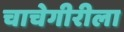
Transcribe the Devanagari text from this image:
चाचेगीरीला